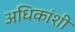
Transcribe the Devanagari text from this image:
अधिकांशी